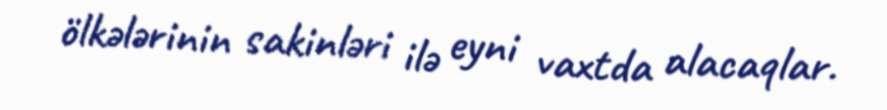
ölkələrinin sakinləri ilə eyni vaxtda alacaqlar.